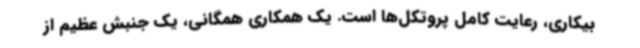
بیکاری، رعایت کامل پروتکل‌ها است. یک همکاری همگانی، یک جنبش عظیم از